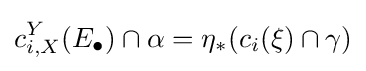
c_{i,X}^{Y}(E_{\bullet })\cap \alpha =\eta _{*}(c_{i}(\xi )\cap \gamma )